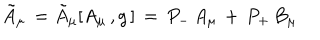
{ \tilde { A } } _ { \mu } \, = { \tilde { A } } _ { \mu } [ A _ { \mu } \, , g \, ] \, = \, P _ { - } \, A _ { \mu } \, + \, P _ { + } \, B _ { \mu }